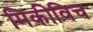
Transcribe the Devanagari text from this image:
मिकीविच